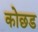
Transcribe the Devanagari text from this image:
कोछड